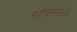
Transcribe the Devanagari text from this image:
हाशिमोतो